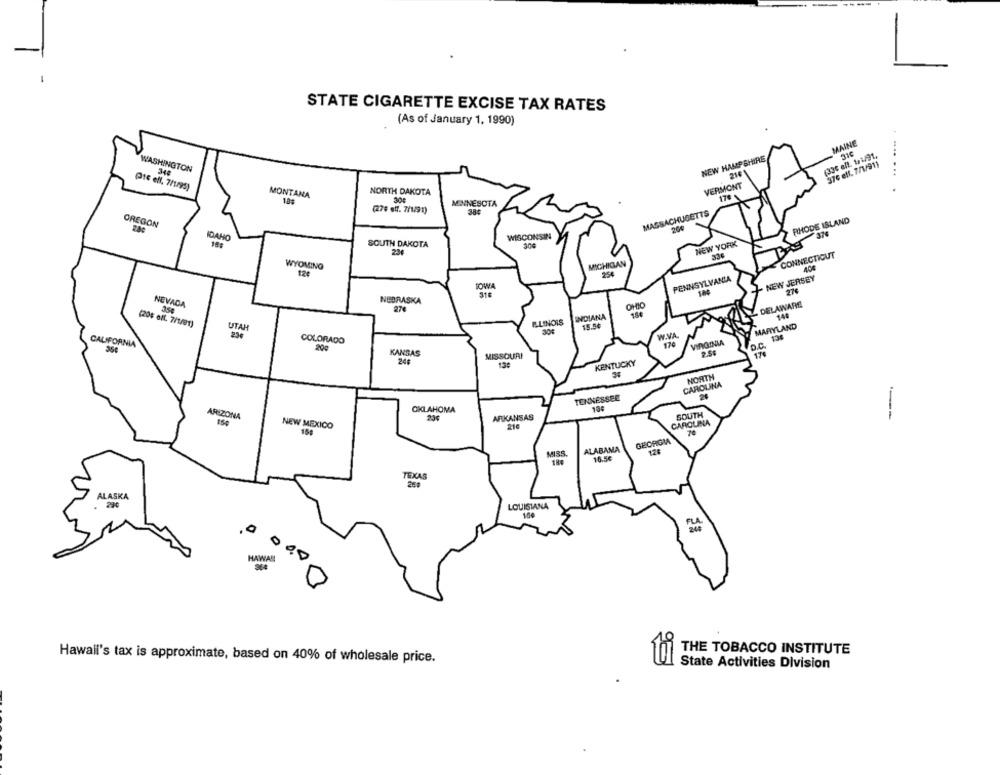
STATE CIGARETTE EXCISE TAX RATES
(As of January 1, 1990)
MAINE
NEW HAMPSHIRE
(336 elt. 1/2/91.
375 eft. 7/1/911
WASHINGTON
...
348
214
Pic eff. 7/1/95)
VERMONT
MONTANA
NORTH DAKOTA
170 %
MINNESOTA
(279 eff. 7/1/91)
384
MASSACHUSETTS
OREGON
RHODE ISLAND
37
IDAHO
WISCONSIN
NEW YORK
SOUTH DAKOTA
204
CONNECTICUT
MICHIGAN
WYOMING
PENNSYLVANIA
- NEW JERSEY
IOWA
184
27
NEVADA
NEBRASKA
- DELAWARE
27€
INDIANA
144
(20$ off. 7/1/91)
UTAH
ILLINOIS
15.54
MARYLAND
234
W.VA.
COLORADO
170
VIRGINIA
136
CALIFORNIA
20g
KANSAS
MISSOURI
170
246
KENTUCKY
NORTH
CAROLINA
TENNESSEE
OKLAHOMA
154
SOUTH
ARIZONA
23€
ARKANSAS
NEW MEXICO
216
CAROLINA
154
GEORGIA
ALABAMA
178
MISS
16.5€
189
TEXAS
269
ALASKA
LOUISIANA
104
HAWA !!
THE TOBACCO INSTITUTE
Hawall's tax is approximate, based on 40% of wholesale price.
State Activities Division